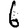
Digit: 6